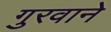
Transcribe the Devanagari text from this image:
गुरवाने